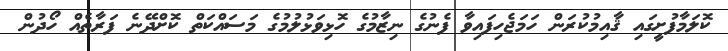
ކޮލަމާފުށީގައި ޤާއިމުކުރަން ހަމަޖެހިފައިވާ ފެނުގެ ނިޒާމުގެ ހޮޅިވަޅުލުމުގެ މަސައްކަތް ކޮށްދޭނެ ފަރާތެއް ހޯދުން